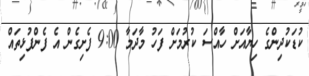
ކުޑަކުދިންގެ ހިޔާއަށް ހާއްސަ ކުރުމަށް ފަހު މާދަމާ 9:00 ފެށިގެން އެ ފެންފުޅިތައް